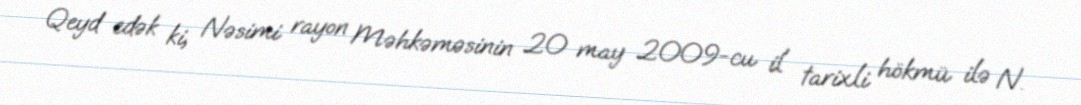
Qeyd edək ki, Nəsimi rayon Məhkəməsinin 20 may 2009-cu il tarixli hökmü ilə N.